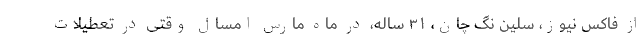
از فاکس نیوز، سلین نگ چان، ۳۱ ساله، در ماه مارس امسال وقتی در تعطیلات